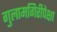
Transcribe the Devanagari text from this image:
गुलामगिरीपेक्षा